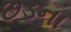
છડના